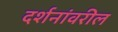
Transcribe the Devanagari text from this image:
दर्शनांवरील